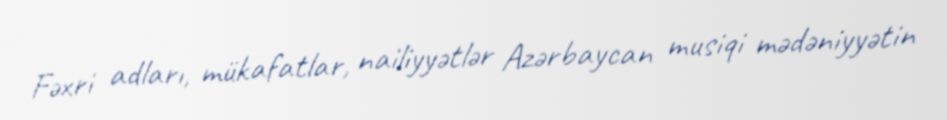
Fəxri adları, mükafatlar, nailiyyətlər Azərbaycan musiqi mədəniyyətin